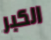
الكبر